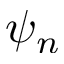
\psi _ { n }